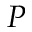
P